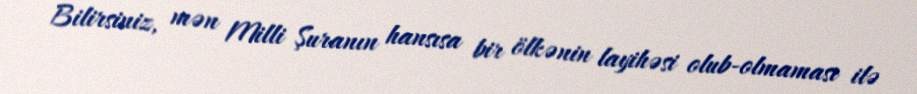
Bilirsiniz, mən Milli Şuranın hansısa bir ölkənin layihəsi olub-olmaması ilə